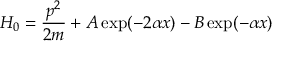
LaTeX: H _ { 0 } = \frac { p ^ { 2 } } { 2 m } + A \exp ( - 2 \alpha x ) - B \exp ( - \alpha x )